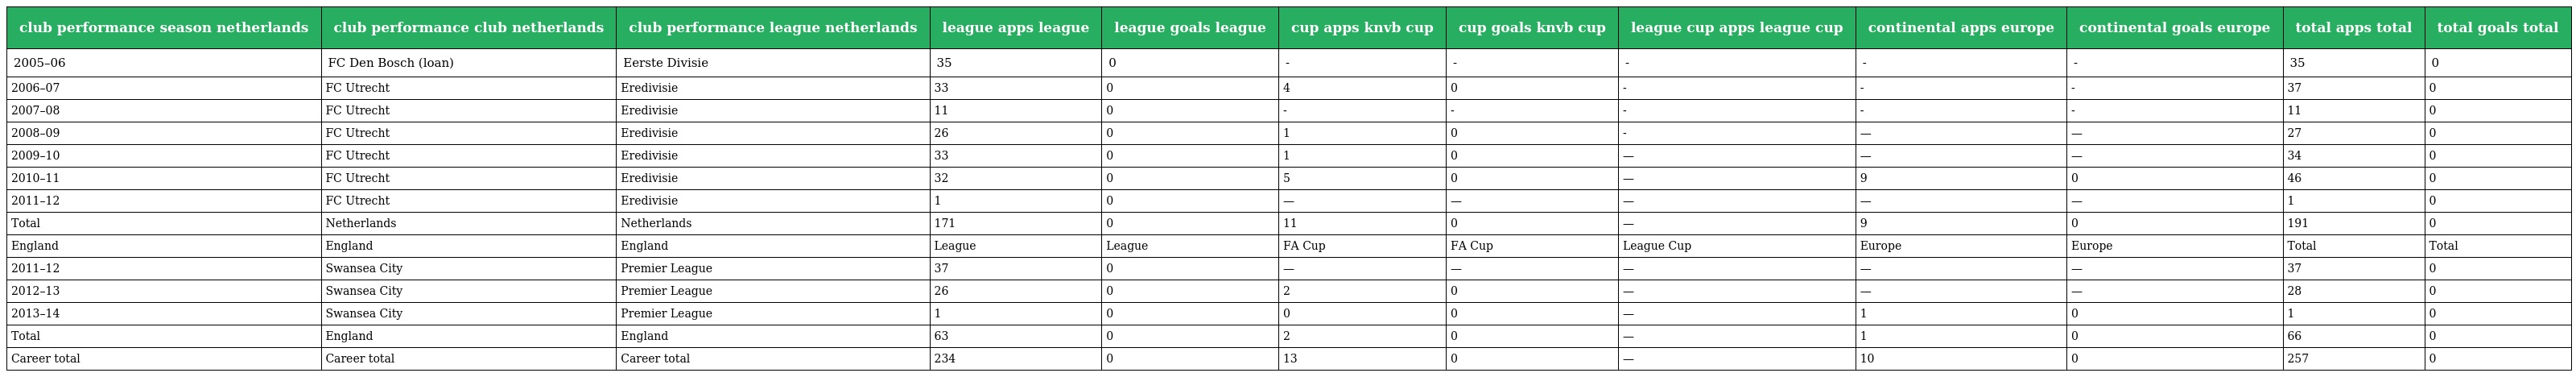
| club performance season netherlands | club performance club netherlands | club performance league netherlands | league apps league | league goals league | cup apps knvb cup | cup goals knvb cup | league cup apps league cup | continental apps europe | continental goals europe | total apps total | total goals total |
 | --- | --- | --- | --- | --- | --- | --- | --- | --- | --- | --- | --- |
 | 2005–06 | FC Den Bosch (loan) | Eerste Divisie | 35 | 0 | - | - | - | - | - | 35 | 0 |
 | 2006–07 | FC Utrecht | Eredivisie | 33 | 0 | 4 | 0 | - | - | - | 37 | 0 |
 | 2007–08 | FC Utrecht | Eredivisie | 11 | 0 | - | - | - | - | - | 11 | 0 |
 | 2008–09 | FC Utrecht | Eredivisie | 26 | 0 | 1 | 0 | - | — | — | 27 | 0 |
 | 2009–10 | FC Utrecht | Eredivisie | 33 | 0 | 1 | 0 | — | — | — | 34 | 0 |
 | 2010–11 | FC Utrecht | Eredivisie | 32 | 0 | 5 | 0 | — | 9 | 0 | 46 | 0 |
 | 2011–12 | FC Utrecht | Eredivisie | 1 | 0 | — | — | — | — | — | 1 | 0 |
 | Total | Netherlands | Netherlands | 171 | 0 | 11 | 0 | — | 9 | 0 | 191 | 0 |
 | England | England | England | League | League | FA Cup | FA Cup | League Cup | Europe | Europe | Total | Total |
 | 2011–12 | Swansea City | Premier League | 37 | 0 | — | — | — | — | — | 37 | 0 |
 | 2012–13 | Swansea City | Premier League | 26 | 0 | 2 | 0 | — | — | — | 28 | 0 |
 | 2013–14 | Swansea City | Premier League | 1 | 0 | 0 | 0 | — | 1 | 0 | 1 | 0 |
 | Total | England | England | 63 | 0 | 2 | 0 | — | 1 | 0 | 66 | 0 |
 | Career total | Career total | Career total | 234 | 0 | 13 | 0 | — | 10 | 0 | 257 | 0 |